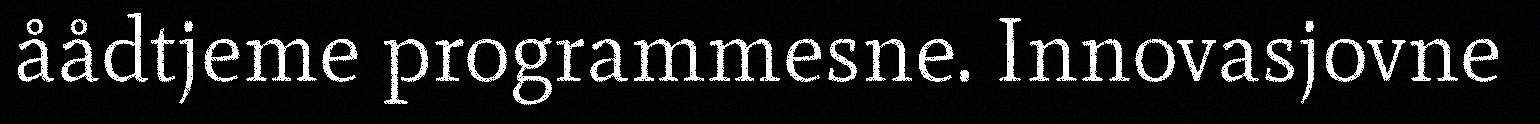
åådtjeme programmesne. Innovasjovne